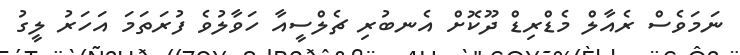
ނަމަވެސް ރެއާލް މެޑްރިޑް ދޫކޮށް އެނބުރި ޗެލްސީއާ ހަވާލުވެ ފުރަތަމަ އަހަރު ލީގު